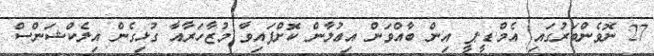
27 ނޮވެންބަރުގައި އެމް.ޑީ.ޕީ އިން ބާއްވަން އިޢުލާން ކޮށްފައިވާ މުޒާހަރާއާ ގުޅިގެން އިލެކްޝަންސް